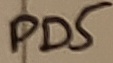
Text: PD5